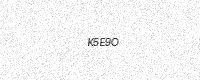
Text: K5E9O